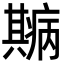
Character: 𤻓